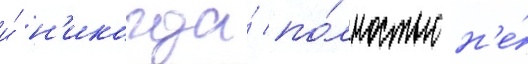
и́ н'икогда́ по́лностью н'е́